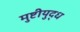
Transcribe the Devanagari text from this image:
मुष्टीयुद्ध